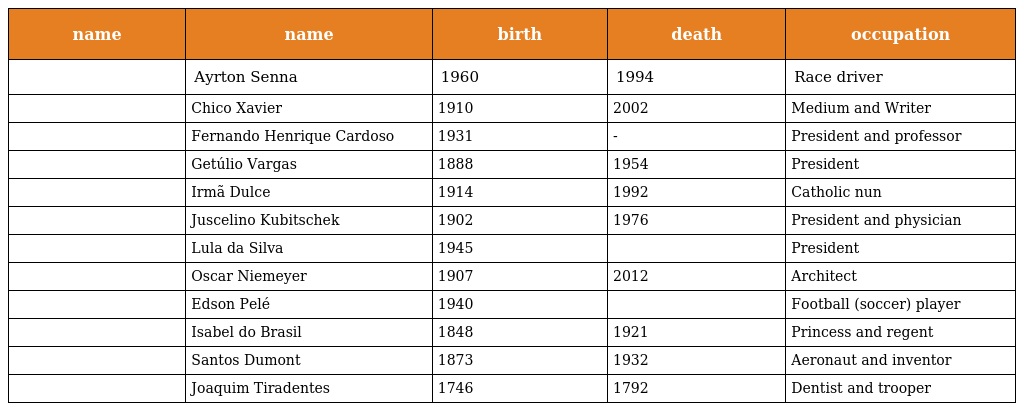
| name | name | birth | death | occupation |
 | --- | --- | --- | --- | --- |
 |  | Ayrton Senna | 1960 | 1994 | Race driver |
 |  | Chico Xavier | 1910 | 2002 | Medium and Writer |
 |  | Fernando Henrique Cardoso | 1931 | - | President and professor |
 |  | Getúlio Vargas | 1888 | 1954 | President |
 |  | Irmã Dulce | 1914 | 1992 | Catholic nun |
 |  | Juscelino Kubitschek | 1902 | 1976 | President and physician |
 |  | Lula da Silva | 1945 |  | President |
 |  | Oscar Niemeyer | 1907 | 2012 | Architect |
 |  | Edson Pelé | 1940 |  | Football (soccer) player |
 |  | Isabel do Brasil | 1848 | 1921 | Princess and regent |
 |  | Santos Dumont | 1873 | 1932 | Aeronaut and inventor |
 |  | Joaquim Tiradentes | 1746 | 1792 | Dentist and trooper |